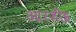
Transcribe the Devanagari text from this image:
आरजीइ